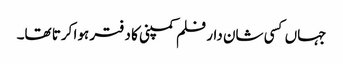
جہاں کسی شان دار فلم کمپنی کا دفتر ہوا کرتا تھا۔